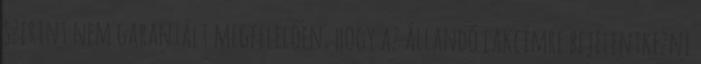
szerint nem garantált megfelelően, hogy az állandó lakcímre bejelentkezni